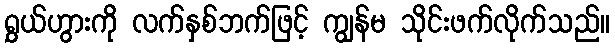
ရွှယ်ဟွားကို လက်နှစ်ဘက်ဖြင့် ကျွန်မ သိုင်းဖက်လိုက်သည်။